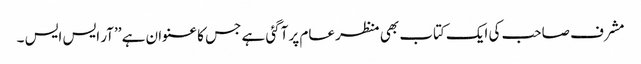
مشرف صاحب کی ایک کتاب بھی منظر عام پر آگئی ہے جس کا عنوان ہے ’’آر ایس ایس ۔